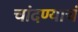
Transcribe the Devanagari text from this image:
चांदण्याचं